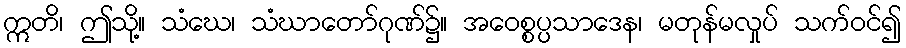
ဣတိ၊ ဤသို့။ သံဃေ၊ သံဃာတော်ဂုဏ်၌။ အဝေစ္စပ္ပသာဒေန၊ မတုန်မလှုပ် သက်ဝင်၍